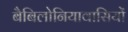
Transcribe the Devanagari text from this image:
बैबिलोनियावासियों